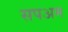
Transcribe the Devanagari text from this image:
सपअम